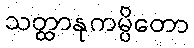
သတ္ထာနုကမ္ပိတော